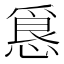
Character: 𭞀